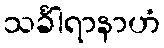
သင်္ခါရာနာဟံ